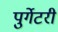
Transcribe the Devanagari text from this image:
पुर्गेटरी